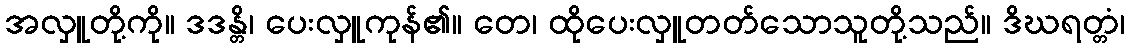
အလှူတို့ကို။ ဒဒန္တိ၊ ပေးလှူကုန်၏။ တေ၊ ထိုပေးလှူတတ်သောသူတို့သည်။ ဒိဃရတ္တံ၊